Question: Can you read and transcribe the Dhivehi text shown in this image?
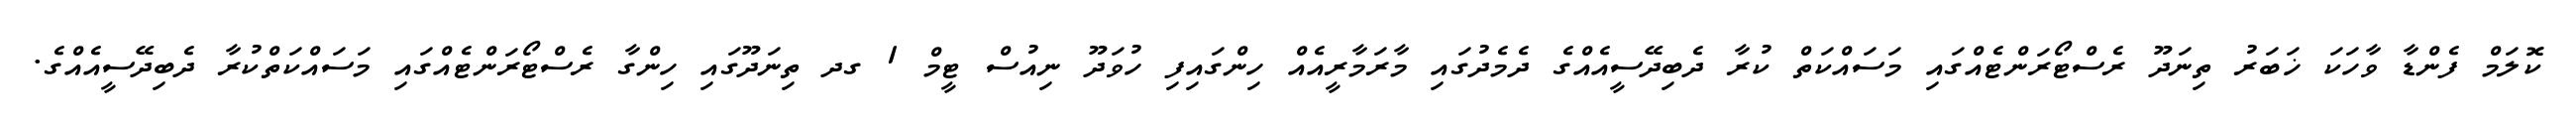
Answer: ކޮލަމް ފެންޑާ ވާހަކަ ޚަބަރު ތިނަދޫ ރެސްޓޯރަންޓެއްގައި މަސައްކަތް ކުރާ ދެބިދޭސީއެއްގެ ދެމެދުގައި މާރަމާރީއެއް ހިންގައިފި ހުވަދޫ ނިއުސް ޓީމް 1 ގދ ތިނަދޫގައި ހިންގާ ރެސްޓޯރަންޓެއްގައި މަސައްކަތްކުރާ ދެބިދޭސީއެއްގެ.